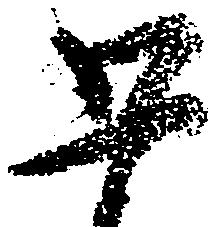
五